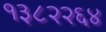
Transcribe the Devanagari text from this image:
१३८२२६४